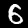
Label: 6